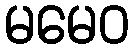
မမေဝ